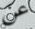
عن